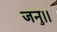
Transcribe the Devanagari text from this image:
जनु।।